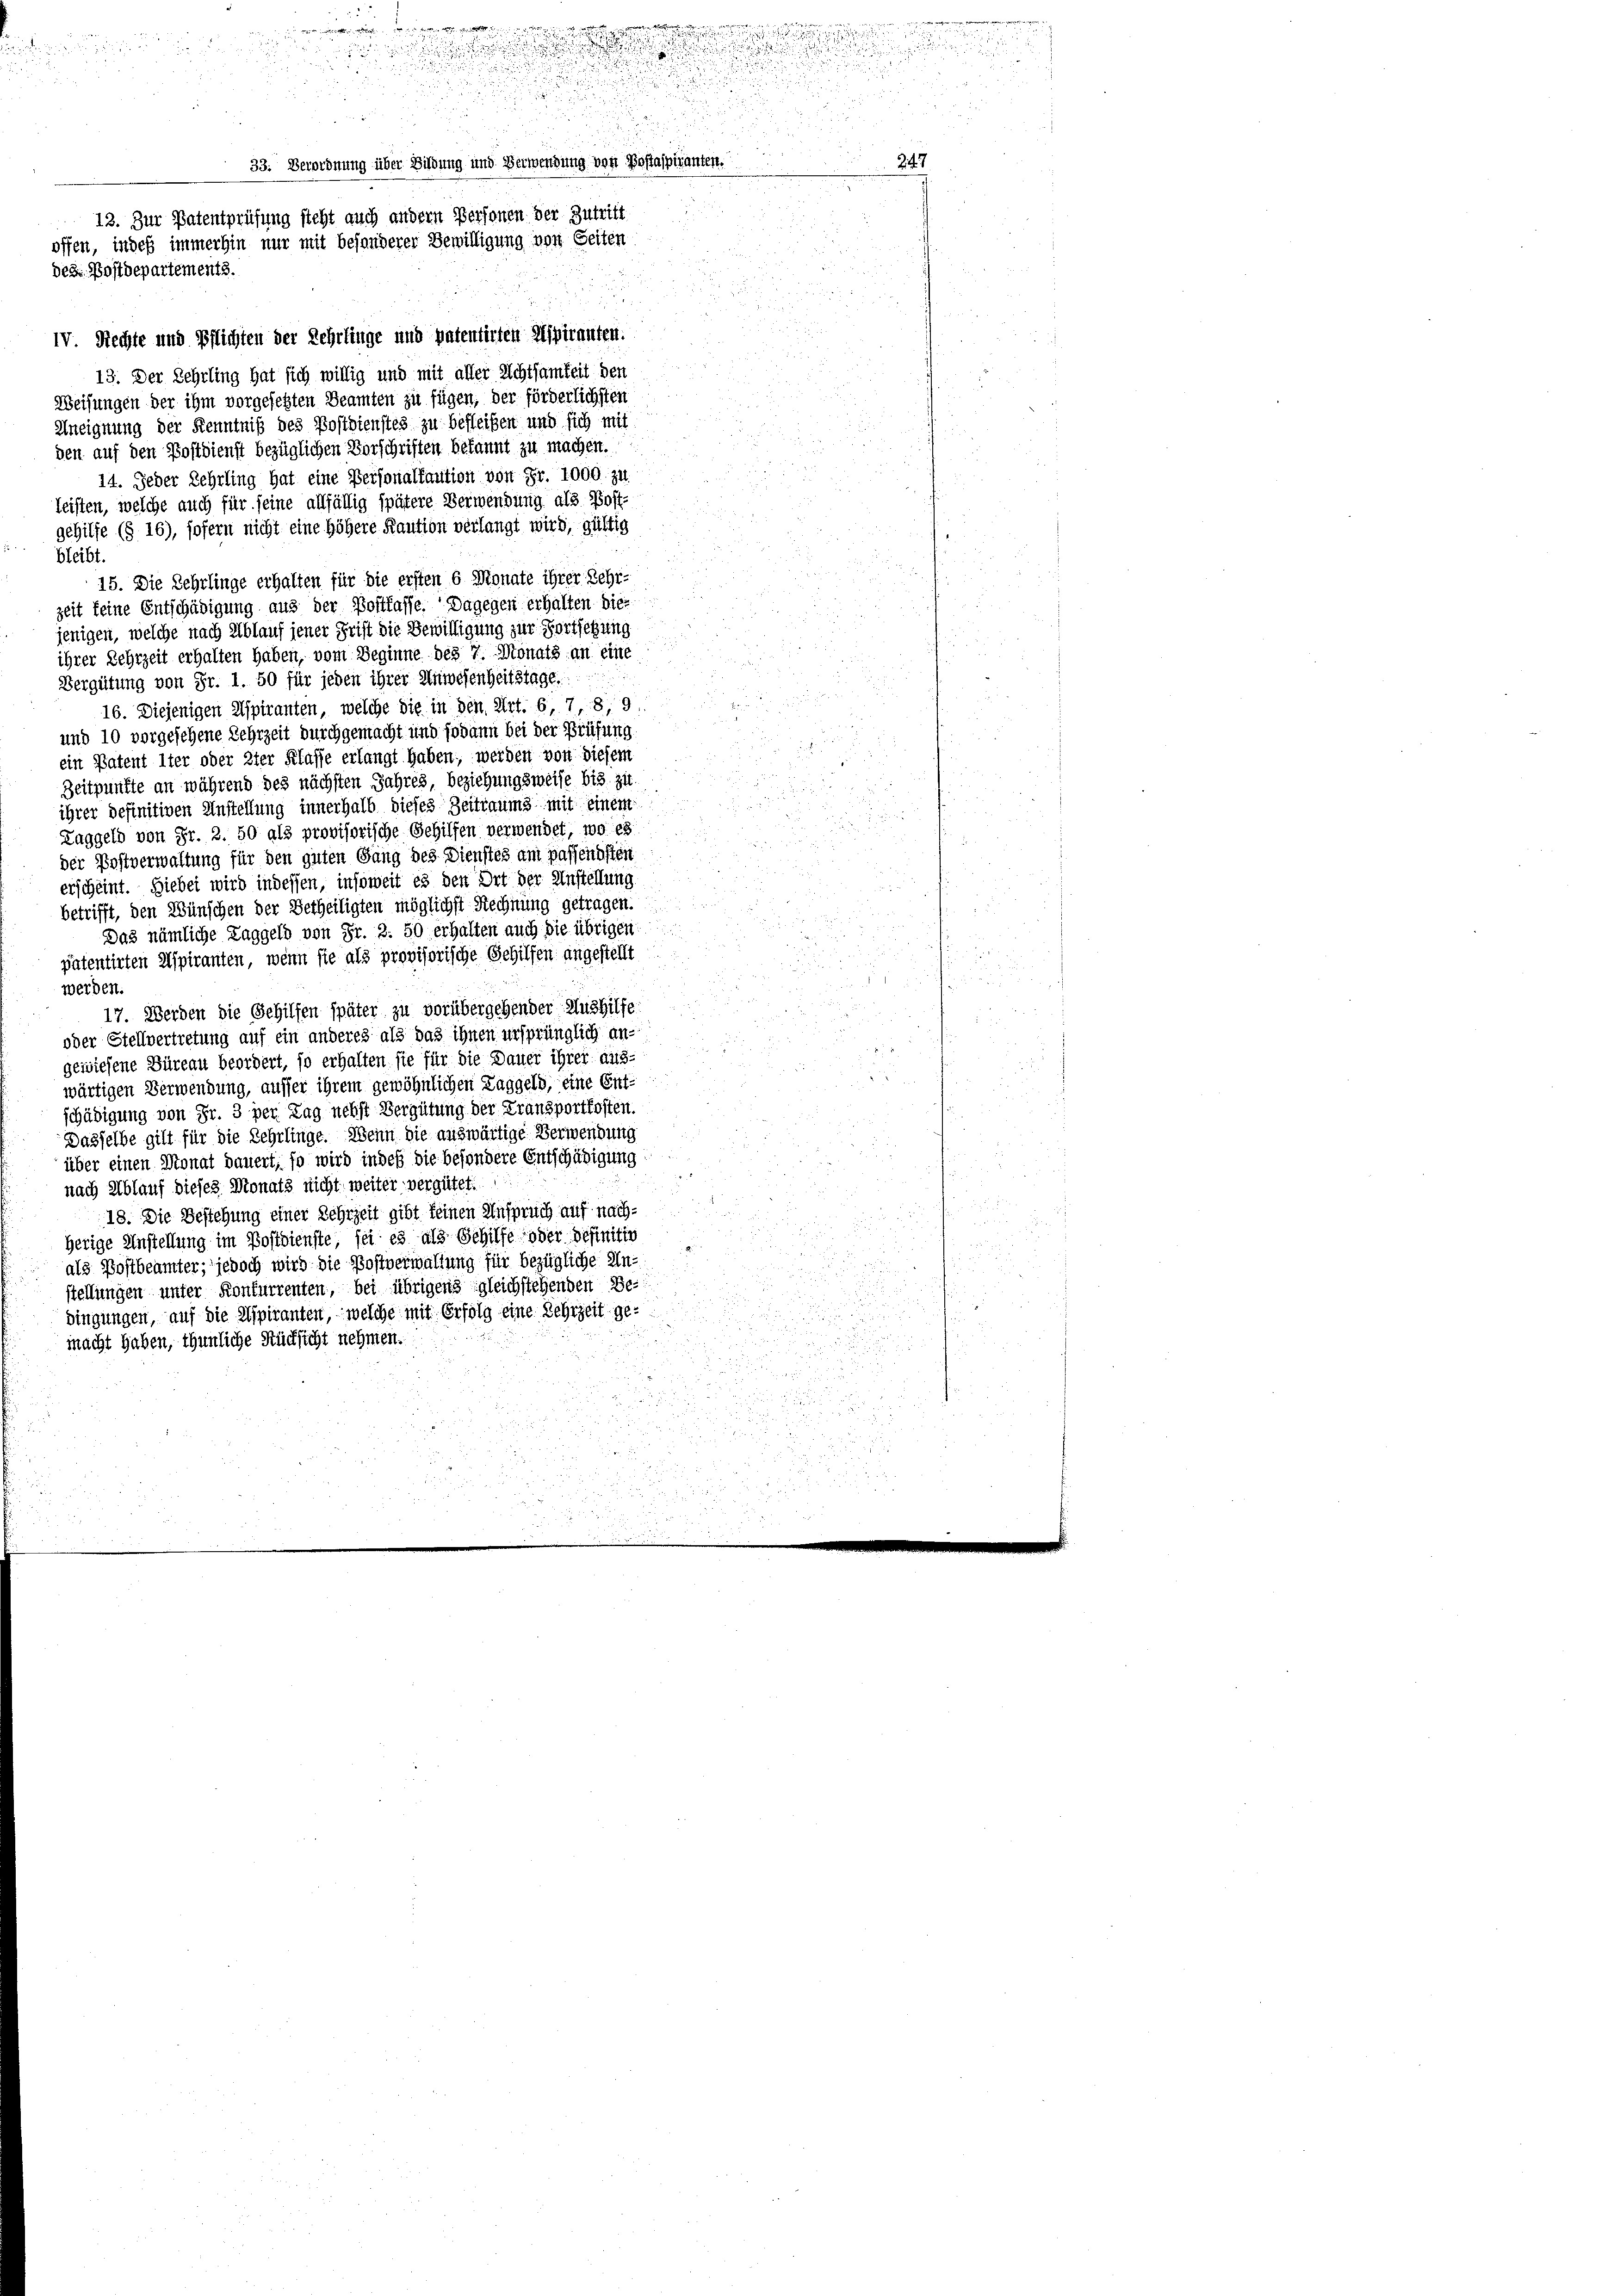
.

33. Verordnung über Bildung und Verwendung von
13. Zur Patentprüfung steht auch andern Personen der Zutritt
offen, indeß immerhin nur mit besonderer Bewilligung von Seiten
des Postdepartements.

e
d

n

IV. Rechte und Pflichten der Lehrlinge und patentirten Aspiranten.
13. Der Lehrling hat sich willig und mit aller Richtsamkeit den
Weisungen der ihm vorgesetzten Beamten zu fügen, der förderlichsten
Aneignung der Kenntniß des Postdiensteg zu befleißen und sich mit
den auf den Postdienst bezüglichen Vorschriften bekannt zu machen.
14. Jeder Lehrling hat eine Personalkaution von Fr. 1000. zu
leisten, welche auch für seine allfällig spätere Verwendung als Post-
gehilfe (§ 16), sofern nicht eine höhere Kaution verlangt wird, gültig
bleibt.
15. Die Lehrlinge erhalten für die ersten 6 Monate ihrer Lehr-
zeit keine Entschädigung aus der Bostfasse. Dagegen erhalten dies
jenigen, welche nach Ablauf jener Frist die Bewilligung zur Fortsetzung
ihrer Lehrzeit erhalten haben, vom Beginne des 7. Monats an eine
Vergütung von Fr. 1. 50 für jeden ihrer Anwesenheitstage.
16. Diejenigen Aspiranten, welche die in den Art. 6, 7, 8, 9.
und 10 vorgesehene Lehrzeit durchgemacht und sodann bei der Prüfung
ein Patent 1ter oder 2ter Klasse erlangt haben; werden von diesem
Zeitpunkte an während des nächsten Jahres, beziehungsweise bis zu.
ihrer definitiven Anstellung innerhalb dieses Zeitraums mit einem
Laggeld von Fr. 2. 50 als provisorische Gehilfen verwendet, wo es
der Postverwaltung für den guten Gang des Dienstes am passendsten
erscheint. Siebei wird indessen, insoweit es den Ort der Anstellung
betrifft, den Wünschen der Betheiligten möglichst Rechnung getragen.
Das nämliche Laggeld von Fr. 3. 50 erhalten auch die übrigen
patentirten Spiranten, wenn sie als provisorische Gehilfen angestellt
werden.
17. Werden die Gehilfen später zu vorübergehender Aushilfe
oder Stellvertretung auf ein anderes als das ihnen ursprünglich angewiesene Büreau beordert, so erhalten sie für die Dauer ihrer aus-
wärtigen Verwendung, ausser ihrem gewöhnlichen Laggeld, eine Ent-
schädigung von Fr. 3 per Tag nebst Vergütung der Fransportkosten.
Dasselbe gilt für die Lehrlinge. Wenn die auswärtige Verwendung
über einen Monat dauert, so wird indeß die besondere Entschädigung
nach Ablauf dieses Monats nicht weiter vergütet.
18. Die Bestehung einer Lehrzeit gibt keinen Anspruch auf nachherige Anstellung im Postdienste, sei es als Gehilfe oder befinitio
als Postbeamter, jedoch wird die Postverwaltung für bezügliche Unstellungen unter Konkurrenten, bei übrigens gleichstehenden Be-
dingungen, auf die Aspiranten, welche mit Erfolg eine Schreit ge-
macht haben, thunliche Rücksicht nehmen.